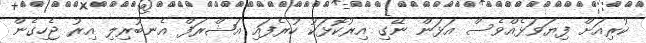
ކުރިއަށް ފިޔަވަޅެއްވެސް އަޅަން ނޭގި އިރުކޮޅަކު ހުރެފައި އަޝްރަފް އެނބުރިލި އިރު ޖެހިގެން